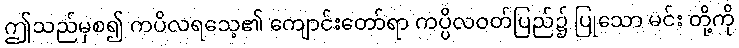
ဤသည်မှစ၍ ကပိလရသေ့၏ ကျောင်းတော်ရာ ကပ္ပိလဝတ်ပြည်၌ ပြုသော မင်း တို့ကို